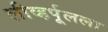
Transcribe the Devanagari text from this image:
लीव्हर्पूलला